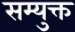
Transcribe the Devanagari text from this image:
सम्युक्त